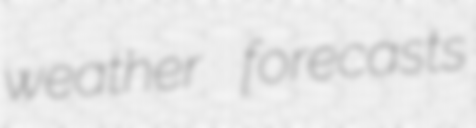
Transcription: weather forecasts